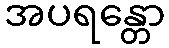
အပရန္တော